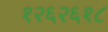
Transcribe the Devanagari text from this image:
१२६२६१८